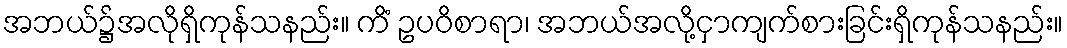
အဘယ်၌အလိုရှိကုန်သနည်း။ ကိံ ဥပဝိစာရာ၊ အဘယ်အလို့ငှာကျက်စားခြင်းရှိကုန်သနည်း။